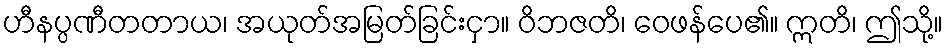
ဟီနပ္ပဏီတတာယ၊ အယုတ်အမြတ်ခြင်းငှာ။ ဝိဘဇတိ၊ ဝေဖန်ပေ၏။ ဣတိ၊ ဤသို့။